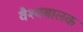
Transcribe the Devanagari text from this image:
वैश्यबालक